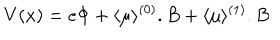
V ( x ) = e \Phi + \langle \mu \rangle ^ { ( 0 ) } . B + \langle \mu \rangle ^ { ( 1 ) } . B